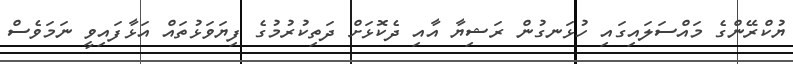
ޔުކްރޭންގެ މައްސަލައިގައި ހުޅަނގުން ރަޝިޔާ އާއި ދެކޮޅަށް ދަތިކުރުމުގެ ފިޔަވަޅުތައް އަޅާފައިވީ ނަމަވެސް